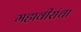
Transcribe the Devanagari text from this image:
महावीरांचा